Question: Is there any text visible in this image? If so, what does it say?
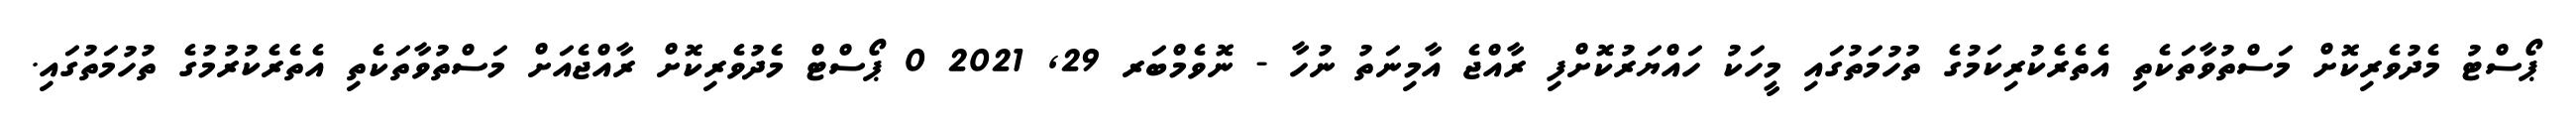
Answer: ޕޯސްޓު މެދުވެރިކޮށް މަސްތުވާތަކެތި އެތެރެކުރިކަމުގެ ތުހުމަތުގައި މީހަކު ހައްޔަރުކޮށްފި ރާއްޖެ އާމިނަތު ނުހާ - ނޮވެމްބަރ 29, 2021 0 ޕޯސްޓް މެދުވެރިކޮށް ރާއްޖެއަށް މަސްތުވާތަކެތި އެތެރެކުރުމުގެ ތުހުމަތުގައި.